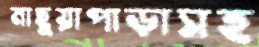
মাছুয়াপাড়াসহ